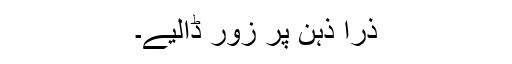
ذرا ذہن پر زور ڈالیے۔